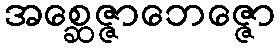
အစ္ဆေဇ္ဇာဘေဇ္ဇော